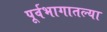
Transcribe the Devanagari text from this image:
पूर्वभागातल्या